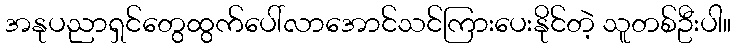
အနုပညာရှင်တွေထွက်ပေါ်လာအောင်သင်ကြားပေးနိုင်တဲ့ သူတစ်ဦးပါ။